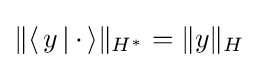
\|\langle \,y\,|\,\cdot \,\rangle \|_{H^{*}}=\|y\|_{H}